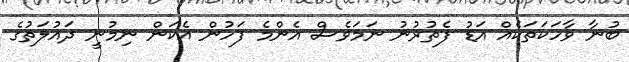
ބުނާ ވާހަކަތަކެއް އަޑު ފެތުރުނު ނަމަވެސް އެންމެ ފަހުން އެކަން ނިމުނީ ދައުލަތުގެ